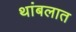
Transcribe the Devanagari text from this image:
थांबलात